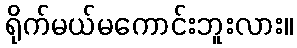
ရိုက်မယ်မကောင်းဘူးလား။